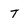
Character: T